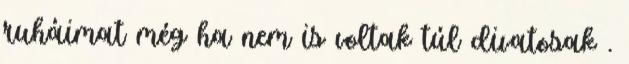
ruháimat még ha nem is voltak túl divatosak .